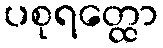
ပစုရတ္ထော